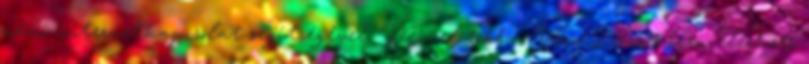
némi internetkapcsolat segítségével. Mivel több – WordPress néven elérhető